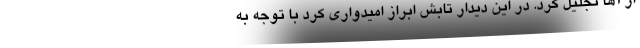
از آها تجلیل کرد. در این دیدار تابش ابراز امیدواری کرد با توجه به